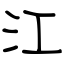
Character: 江